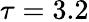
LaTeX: \tau=3.2